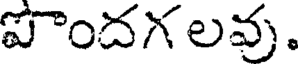
పొందగ లవు.